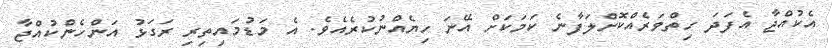
އެކުއްޖާ އެފަދަ ހިތްވަރެއްކޮށްލަފާނެ ކަމަކަށް އޭނަ ހިޔެއްނުކުރެއެވެ. އެ މަޑުމައިތިރި ރަގަޅު އަންހެންކުއްޖާ